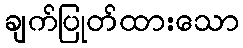
ချက်ပြုတ်ထားသော